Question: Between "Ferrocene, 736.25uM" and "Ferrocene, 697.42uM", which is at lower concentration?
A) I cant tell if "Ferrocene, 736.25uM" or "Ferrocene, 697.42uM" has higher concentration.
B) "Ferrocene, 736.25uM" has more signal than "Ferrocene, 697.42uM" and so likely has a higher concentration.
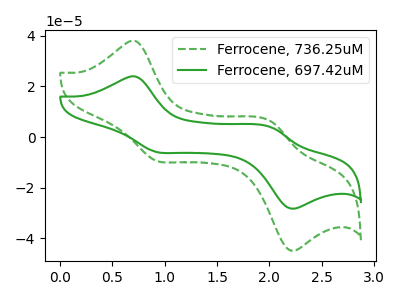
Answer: <think>The green dashed curve "Ferrocene, 736.25uM" has anodic peaks at (0.70V, 37.80uA) (2.00V, 6.15uA) and cathodic peaks at (0.90V, -9.40uA) (2.20V, -44.55uA). The green curve "Ferrocene, 697.42uM" has anodic peaks at (0.70V, 23.85uA) (2.00V, 3.85uA) and cathodic peaks at (0.90V, -5.90uA) (2.20V, -28.05uA).
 All the peaks in "Ferrocene, 736.25uM" have a peak in "Ferrocene, 697.42uM" at the same potential. Every peak in "Ferrocene, 736.25uM" is higher than every peak in "Ferrocene, 697.42uM".</think>
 <answer>B) "Ferrocene, 736.25uM" has more signal than "Ferrocene, 697.42uM" and so likely has a higher concentration.</answer>
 <eval>B</eval>